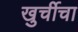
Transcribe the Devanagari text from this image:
खुर्चीचा